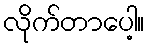
လိုက်တာပေါ့။